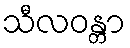
သီလဝန္တာ